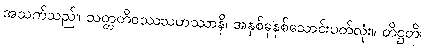
အသက်သည်။ သတ္တတိဝဿသဟဿာနိ၊ အနှစ်ခုနစ်သောင်းပတ်လုံး။ တိဋ္ဌတိ၊